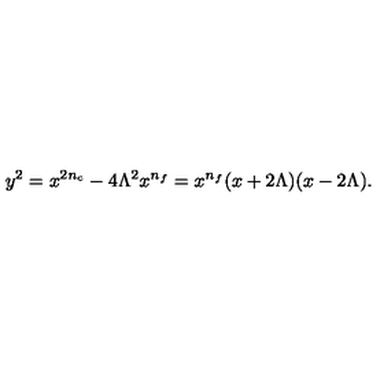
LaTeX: y ^ { 2 } = x ^ { 2 n _ { c } } - 4 \Lambda ^ { 2 } x ^ { n _ { f } } = x ^ { n _ { f } } ( x + 2 \Lambda ) ( x - 2 \Lambda ) .